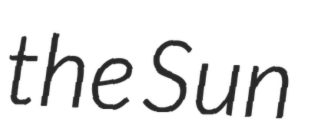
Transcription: the Sun